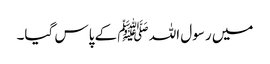
میں رسول اللہ ﷺ کے پاس گیا۔